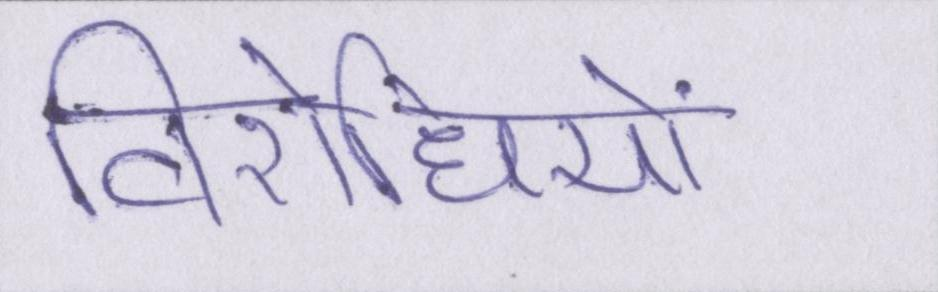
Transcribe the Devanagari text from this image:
विरोधियों